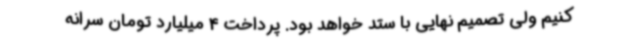
کنیم ولی تصمیم نهایی با ستد خواهد بود. پرداخت 4 میلیارد تومان سرانه